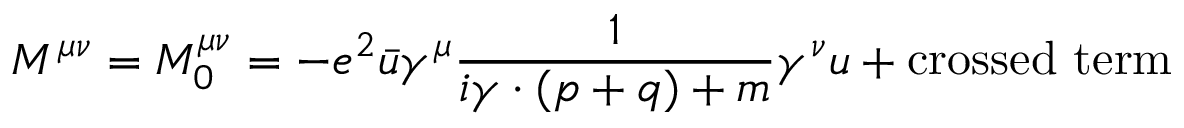
M ^ { \mu \nu } = M _ { 0 } ^ { \mu \nu } = - e ^ { 2 } \bar { u } \gamma ^ { \mu } \frac { 1 } { i \gamma \cdot ( p + q ) + m } \gamma ^ { \nu } u + \mathrm { c r o s s e d ~ t e r m }